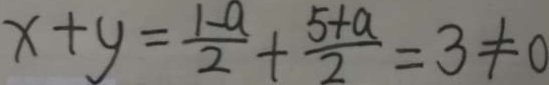
x + y = \frac { 1 - a } { 2 } + \frac { 5 + a } { 2 } = 3 \neq 0